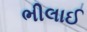
ભીલાઈ